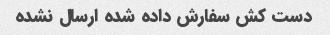
دست کش‌ سفارش داده شده ارسال نشده